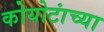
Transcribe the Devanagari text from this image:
कोयोटांच्या